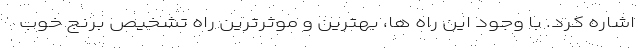
اشاره کرد. با وجود این راه ها، بهترین و موثرترین راه تشخیص برنج خوب